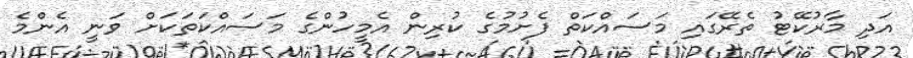
އަދި މާރުކޭޓު ތެރޭގައި މަސައްކަތް ފެށުމުގެ ކުރިން އެމީހުންގެ މަސައްކަތަކަށް ވަނީ އެންމެ